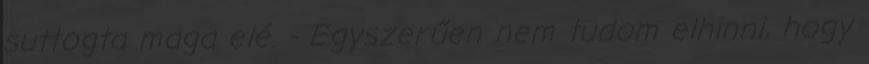
suttogta maga elé. - Egyszerűen nem tudom elhinni, hogy